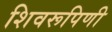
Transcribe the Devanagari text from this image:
शिवरूपिणी